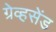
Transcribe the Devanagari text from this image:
ग्रेव्हसेंड